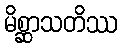
မိစ္ဆာသတိဿ